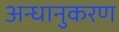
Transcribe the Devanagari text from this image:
अन्धानुकरण